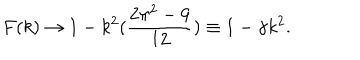
LaTeX: F ( k ) \rightarrow 1 - k ^ { 2 } ( \frac { 2 \pi ^ { 2 } - 9 } { 1 2 } ) \equiv 1 - \gamma k ^ { 2 } .